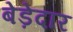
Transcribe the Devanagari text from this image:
बेड़ेदार